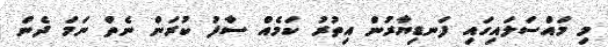
މި މައްސަލައިގައި ފަނޑިޔާރުން އިތުރު ކަމެއް ސާފު ކުރަން ނެތް ނަމަ ދެން